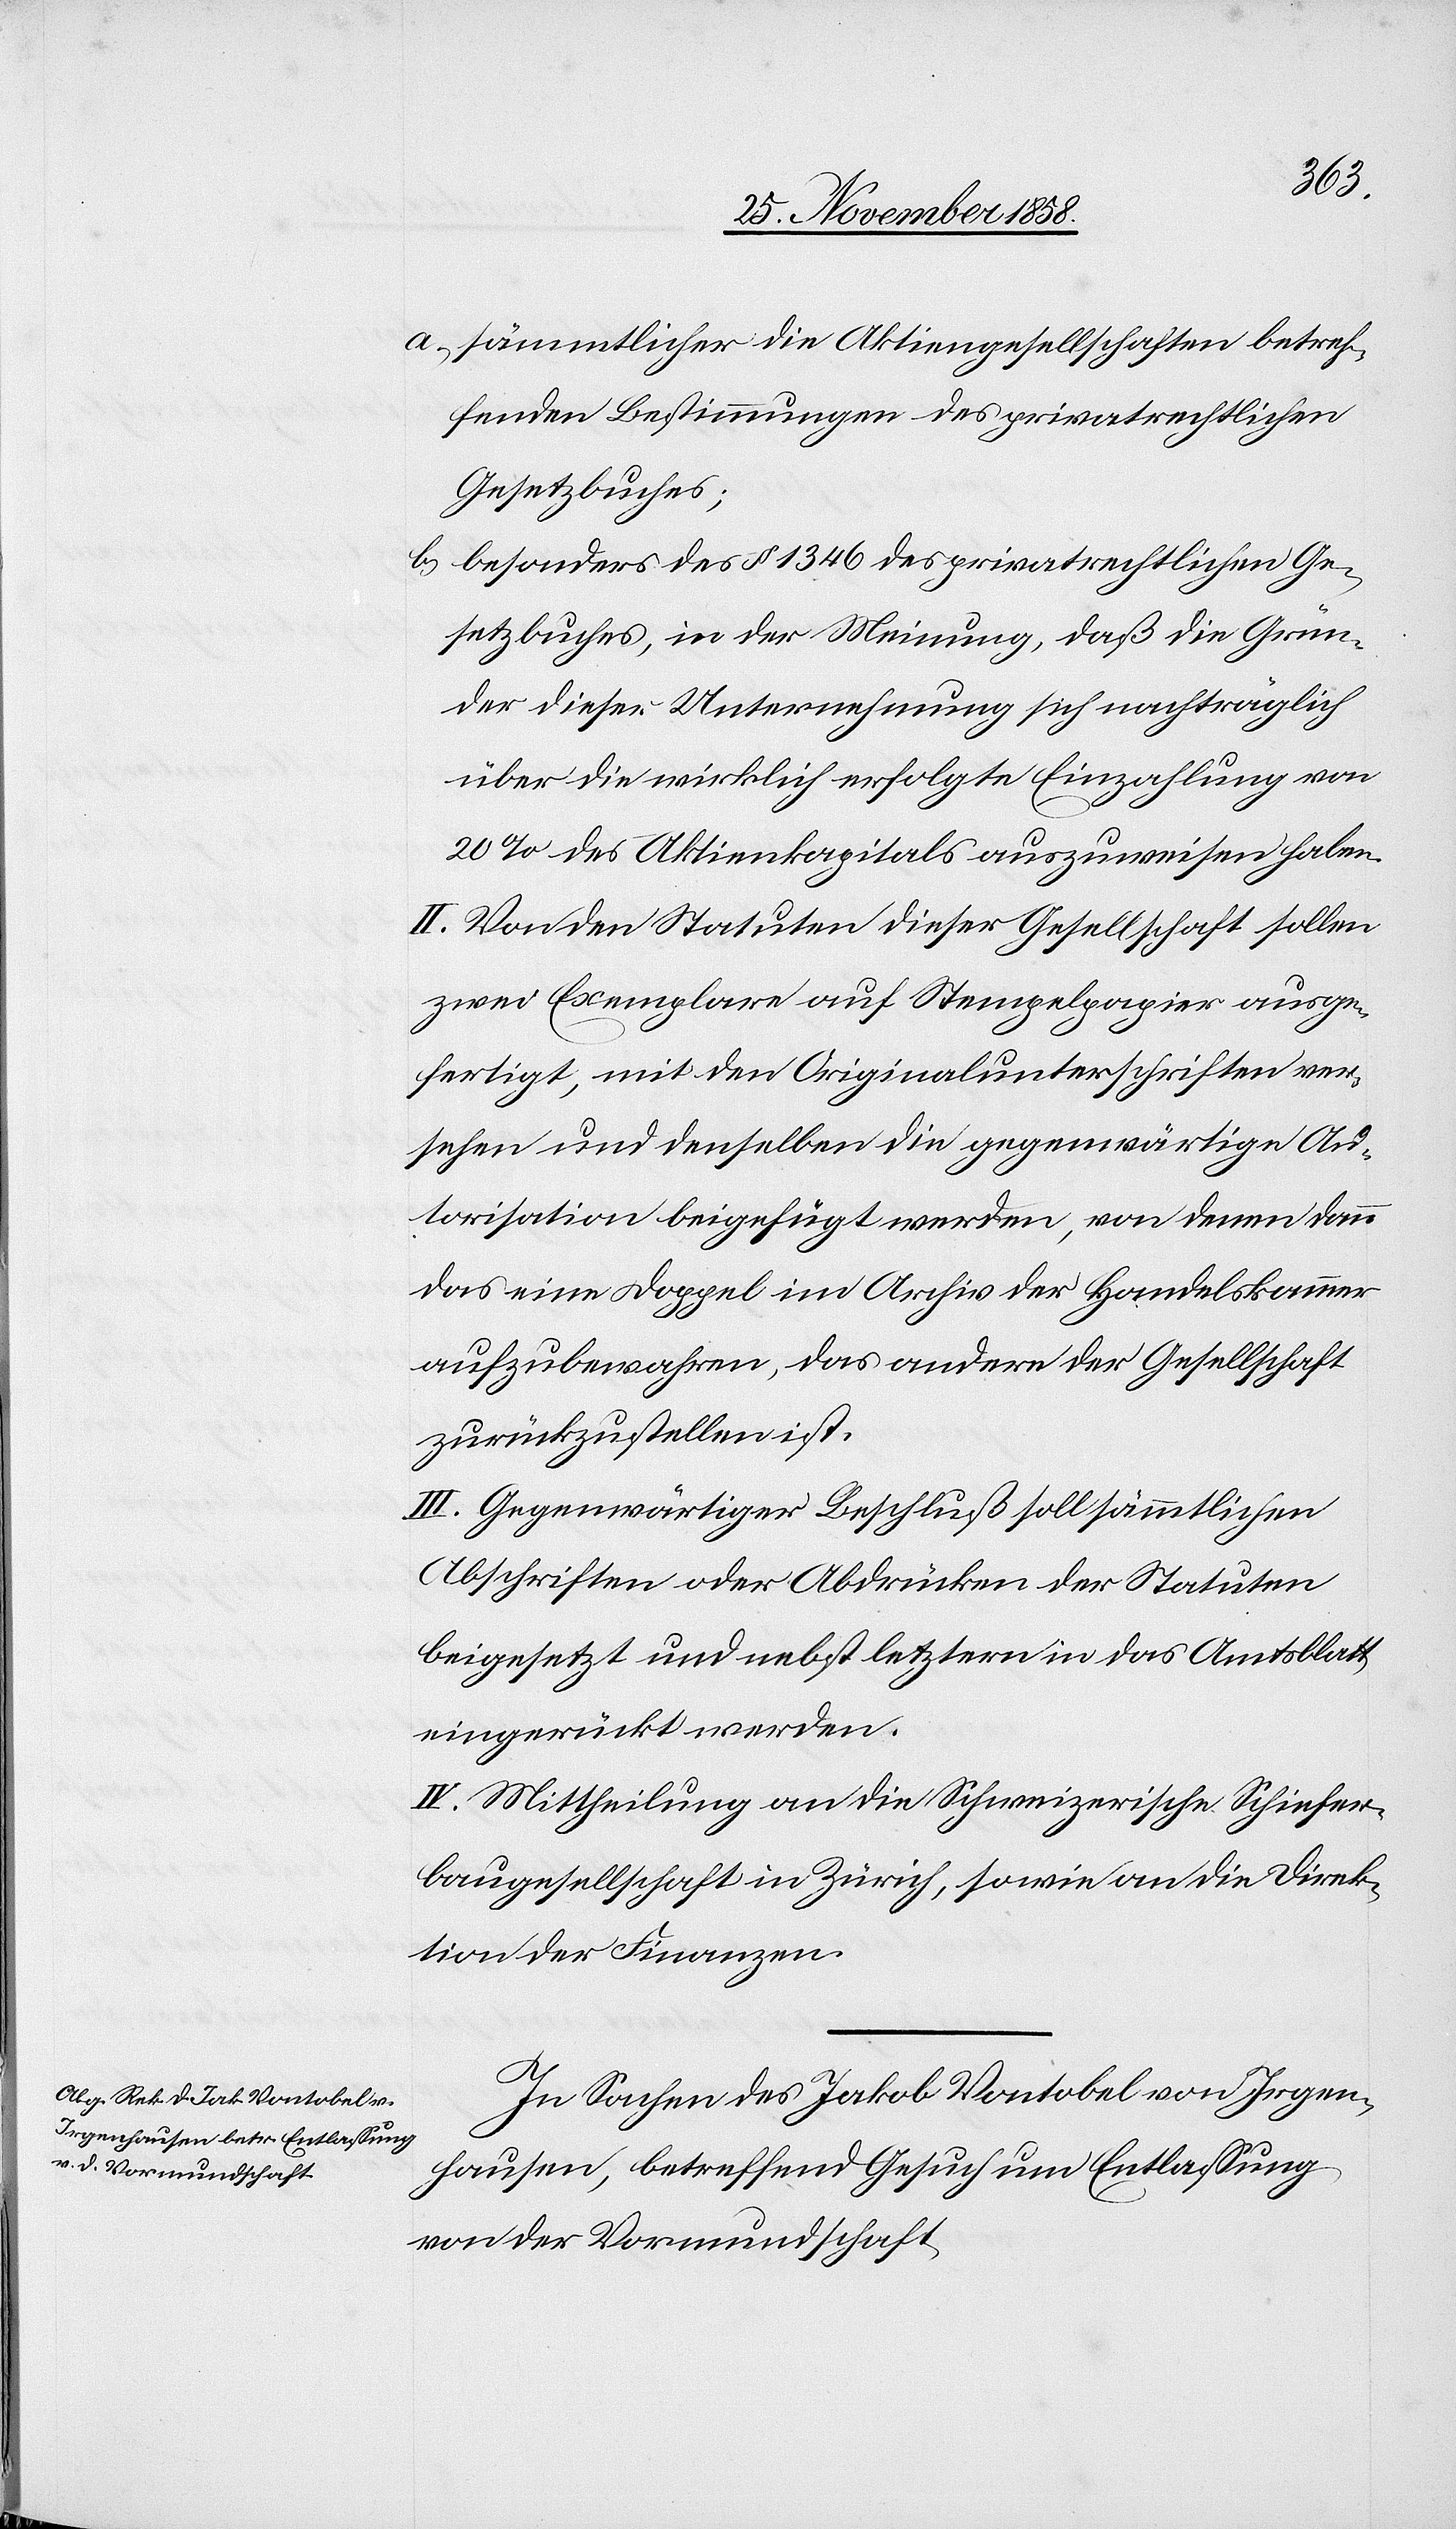
a.)
sämmtlicher die Aktiengesellschaften betref¬
fenden Bestimmungen des privatrechtlichen
Gesetzbuches;
besonders des § 1346 des privatrechtlichen Ge¬
setzbuches, in der Meinung, daß die Grün¬
der dieser Unternehmung sich nachträglich
über die wirklich erfolgte Einzahlung von
20% des Aktienkapitals auszuweisen haben.
II. Von den Statuten dieser Gesellschaft sollen
zwei Exemplare auf Stempelpapier ausge¬
fertigt, mit den Originalunterschriften ver¬
sehen und denselben die gegenwärtige Au¬
torisation beigefügt werden, von denen dann
das eine Doppel im Archiv der Handelskammer
aufzubewahren, das andere der Gesellschaft
zurückzustellen ist.
III. Gegenwärtiger Beschluß soll sämmtlichen
Abschriften oder Abdrücken der Statuten
beigesetzt und nebst letztern in das Amtsblatt
eingerückt werden.
IV. Mittheilung an die Schweizerische Schiefer¬
baugesellschaft in Zürich, sowie an die Direk¬
tion der Finanzen.
In Sachen des Jakob Vontobel von Irgen¬
hausen, betreffend Gesuch um Entlassung
von der Vormundschaft